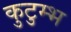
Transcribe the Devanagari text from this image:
कुटुम्भ